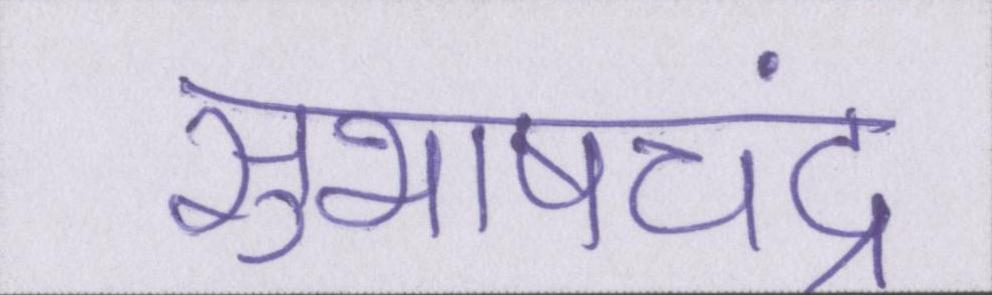
सुभाषचंद्र